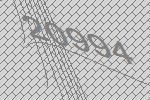
20994